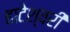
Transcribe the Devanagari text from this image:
हाटेश्वरी